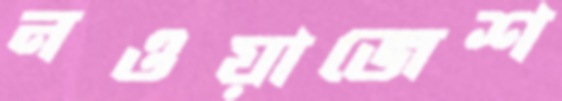
নওয়াজেশ